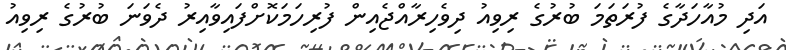
އަދި މުއާހަދާގެ ފުރަތަމަ ބުރުގެ ރިވިއު ދިވެހިރާއްޖެއިން ފުރިހަމަކޮށްފައިވާއިރު ދެވަނަ ބުރުގެ ރިވިއު